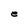
Character: e